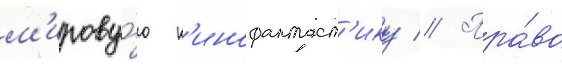
м'ирову́ю к'инофантаст'ику // Пра́во